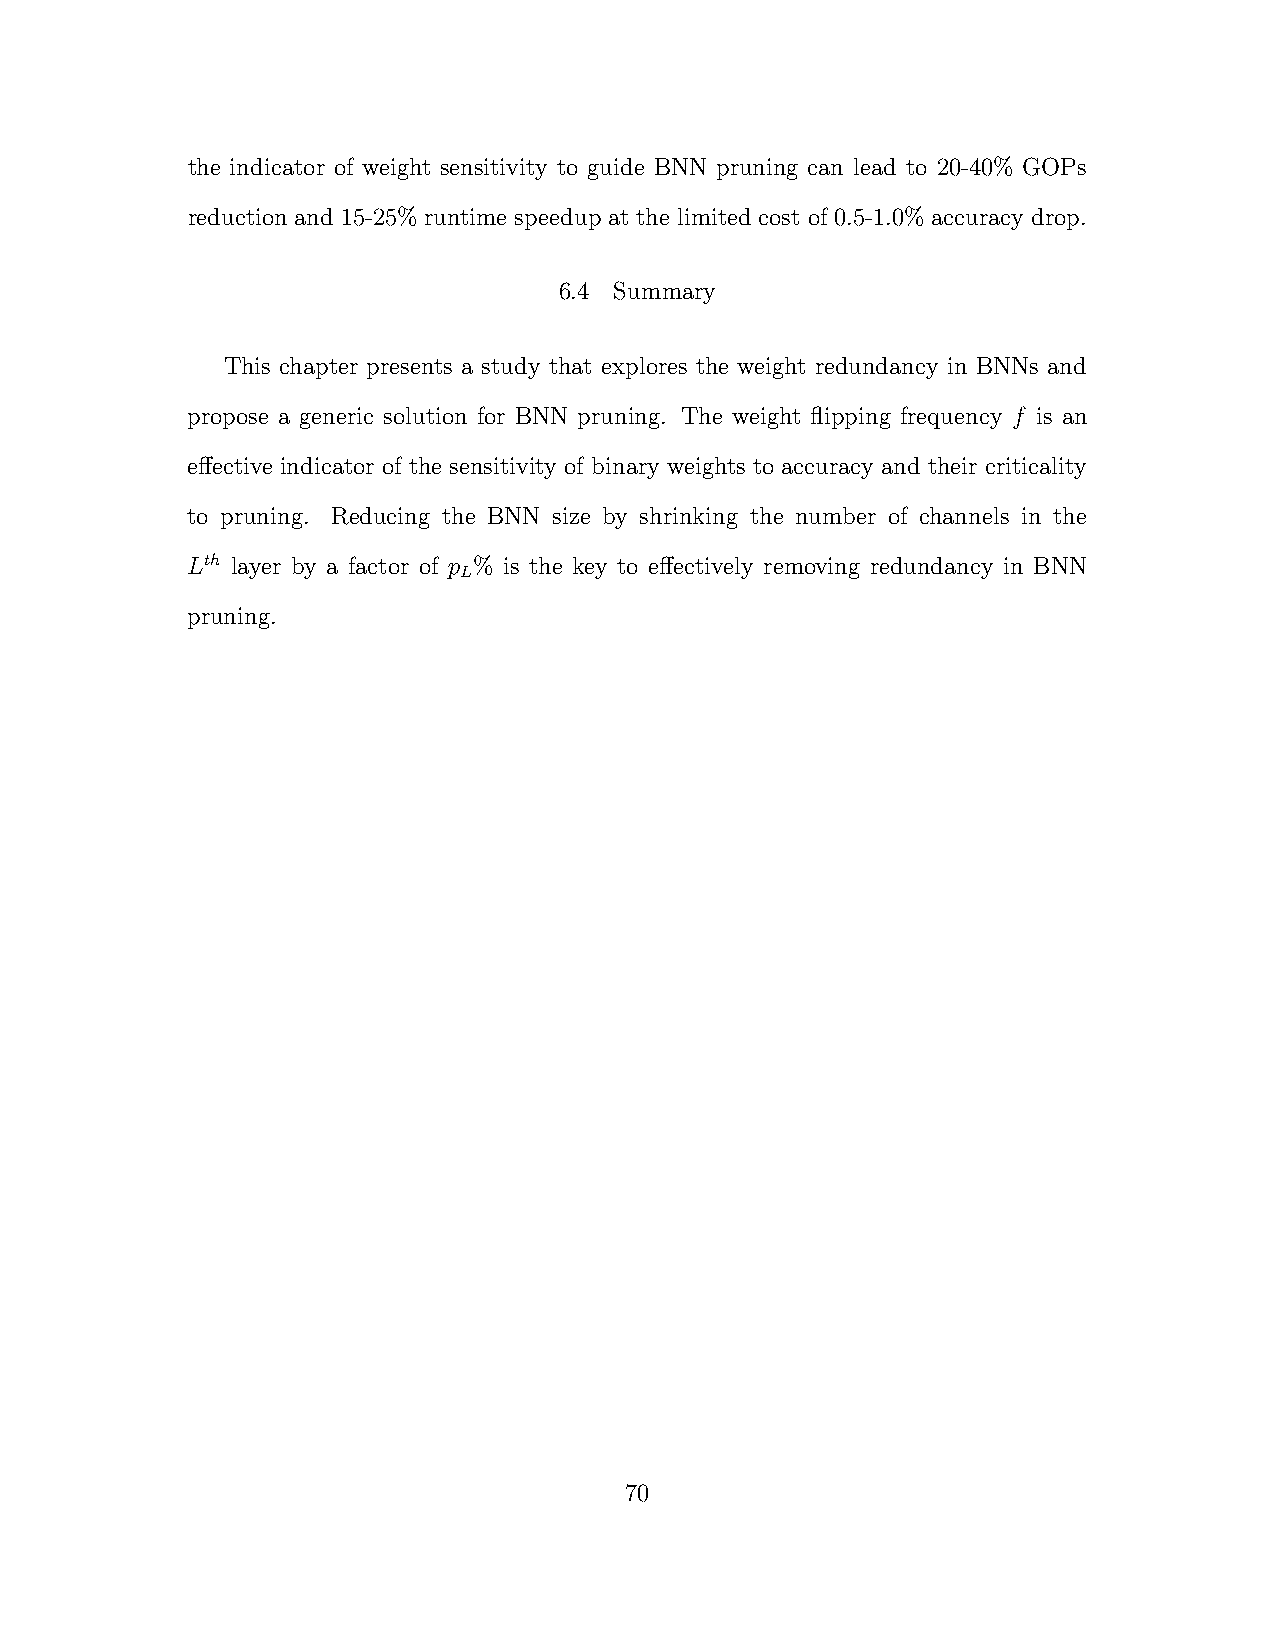
the indicator of weight sensitivity to guide BNN pruning can lead to 20-40% GOPs
 reduction and 15-25% runtime speedup at the limited cost of 0.5-1.0% accuracy drop.
 6.4 Summary
 This chapter presents a study that explores the weight redundancy in BNNs and
 propose a generic solution for BNN pruning. The weight flipping frequency f is an
 effective indicator of the sensitivity of binary weights to accuracy and their criticality
 to pruning. Reducing the BNN size by shrinking the number of channels in the
 Lth layer by a factor of p % is the key to effectively removing redundancy in BNN
 L
 pruning.
 70